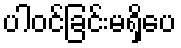
ပါဝင်ခြင်းမရှိပေ